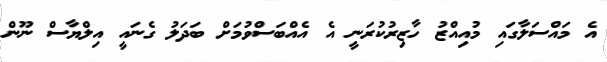
އެ މައްސަލާގައި މުއިއްޒު ހާޒިރުކުރަނީ އެ އެއްބަސްވުމަށް ބަދަލު ގެނައީ އިލްޔާސް ނޫން